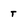
Character: t